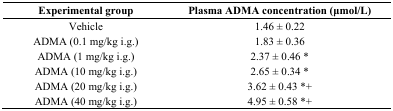
| Experimental group | Plasma ADMA concentration (μmol/L) |
 | --- | --- |
 | Vehicle | 1.46 ± 0.22 |
 | ADMA (0.1 mg/kg i.g.) | 1.83 ± 0.36 |
 | ADMA (1 mg/kg i.g.) | 2.37 ± 0.46 * |
 | ADMA (10 mg/kg i.g.) | 2.65 ± 0.34 * |
 | ADMA (20 mg/kg i.g.) | 3.62 ± 0.43 *+ |
 | ADMA (40 mg/kg i.g.) | 4.95 ± 0.58 *+ |